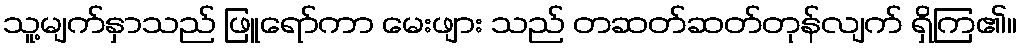
သူ့မျက်နှာသည် ဖြူရော်ကာ မေးဖျား သည် တဆတ်ဆတ်တုန်လျက် ရှိကြ၏။